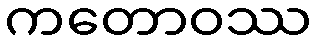
ကတောဝဿ